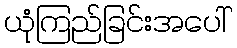
ယုံကြည်ခြင်းအပေါ်